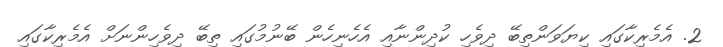
2. އެމެރިކާގައި ކިޔަވަންތިބޭ ދިވެހި ކުދިންނާއި އެހެނިހެން ބޭނުމުގައި ތިބޭ ދިވެހިންނަށް އެމެރިކާގައި